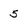
Character: 5